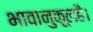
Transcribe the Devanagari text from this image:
भावानुकूलहै।